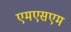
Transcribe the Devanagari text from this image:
एमएसएम